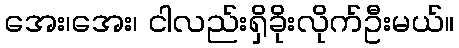
အေး၊အေး၊ ငါလည်းရှိခိုးလိုက်ဦးမယ်။